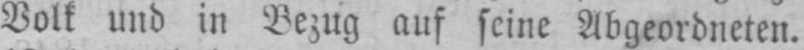
Volk und in Bezug auf seine Abgeordneten.